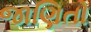
જાણિતો